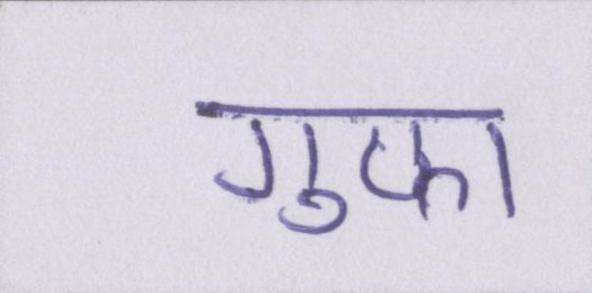
गुफ़ा